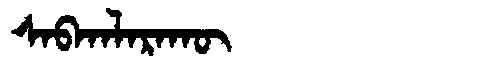
Manchu: ᠰᠠᠪᡴᠠᠯᠠᡵᠠᡴᡡ
Romanization: SABKALARAKŪ